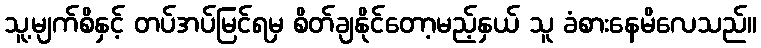
သူ့မျက်စိနှင့် တပ်အပ်မြင်ရမှ စိတ်ချနိုင်တော့မည့်နှယ် သူ ခံစားနေမိလေသည်။